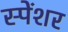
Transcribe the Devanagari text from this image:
स्पेंशर